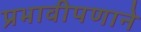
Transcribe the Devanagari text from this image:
प्रभावीपणाने